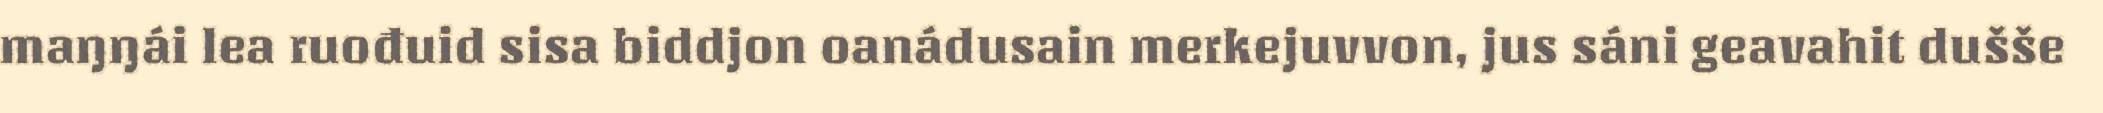
maŋŋái lea ruođuid sisa biddjon oanádusain merkejuvvon, jus sáni geavahit dušše